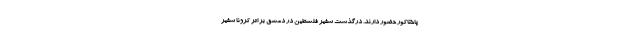
پاختاکور حضور دارند. درگذشت سفیر فلسطین در دمشق بر اثر کرونا سفیر